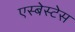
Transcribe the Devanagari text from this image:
एस्बेस्टेस